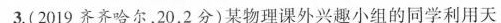
3.(2019齐齐哈尔，20，2分)某物理课外兴趣小组的同学利用天